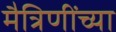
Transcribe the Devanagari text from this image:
मैत्रिणींच्या